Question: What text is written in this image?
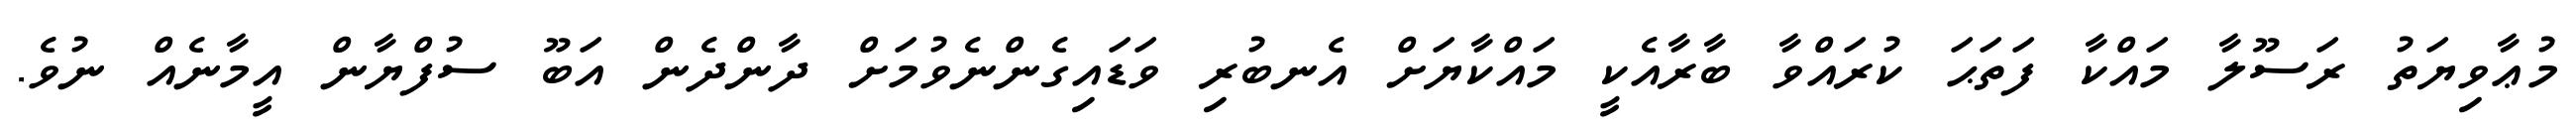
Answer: މުޢާވިޔަތު ރަސޫލާ މައްކާ ފަތަޙަ ކުރައްވާ ބާރާއެކީ މައްކާޔަށް އެނބުރި ވަޑައިގެންނެވުމަށް ދާންދެން އަބޫ ސުފްޔާން އީމާނެއް ނުވެ.